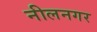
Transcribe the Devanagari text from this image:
नीलनगर